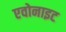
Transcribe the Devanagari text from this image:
एवोनाइट